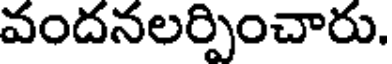
వందనలర్పించారు.